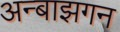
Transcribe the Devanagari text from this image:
अन्बाझगन